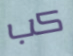
كب